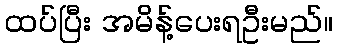
ထပ်ပြီး အမိန့်ပေးရဦးမည်။